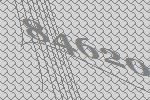
84620